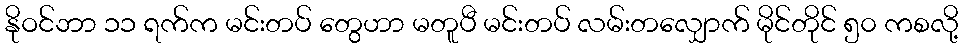
နိုဝင်ဘာ ၁၁ ရက်က မင်းတပ် တွေဟာ မတူပီ မင်းတပ် လမ်းတလျှောက် မိုင်တိုင် ၅၀ ကစလို့